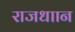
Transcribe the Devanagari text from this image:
राजधाान